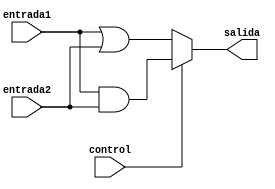
module S1L3C(entrada1, entrada2, control, salida);

	input entrada1, entrada2, control;
	output salida;
	
	wire A;
	wire B;


	assign salida = (control) ? A : B;
	assign A = entrada1 & entrada2;
	assign B = entrada1 | entrada2;
	
endmodule